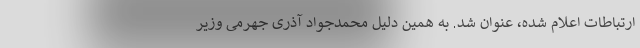
ارتباطات اعلام شده، عنوان شد. به همین دلیل محمدجواد آذری جهرمی وزیر